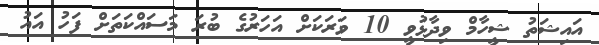
އައިޝަތު ޝީހާމް ވިދާޅުވީ 10 ވަރަކަށް އަހަރުގެ ބުރަ މަސައްކަތަށް ފަހު އައު